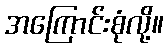
အကြောင်းစုံလို့။